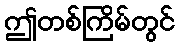
ဤတစ်ကြိမ်တွင်